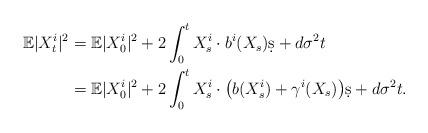
LaTeX: \begin{align*}\mathbb E|X_t^i|^2 & = \mathbb E|X_0^i|^2 + 2\int_0^t X_s^i\cdot b^i(X_s)\d s + d \sigma^2 t \\& = \mathbb E|X_0^i|^2 + 2\int_0^t X_s^i\cdot \big(b(X_s^i) + \gamma^i(X_s)\big)\d s + d\sigma^2 t.\end{align*}